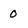
Character: 0